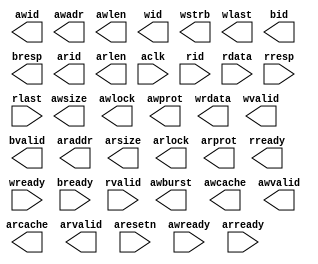

//                              -*- Mode: Verilog -*-
// Description     : AXI Master Generic
// Last Modified By: SK ABDUL FAHEMID
// Update Count    : 1
// Status          : Unknown, Use with caution!

module axi_master_generic (/*AUTOARG*/
   // Outputs
   awid, awadr, awlen, awsize, awburst, awlock, awcache, awprot,
   awvalid, wid, wrdata, wstrb, wlast, wvalid, bid, bresp, bvalid,
   arid, araddr, arlen, arsize, arlock, arcache, arprot, arvalid,
   rready,
   // Inputs
   aclk, aresetn, awready, wready, bready, arready, rid, rdata, rresp,
   rlast, rvalid
   ) ;
   //
   // Global Signals
   //
   input wire aclk;
   input wire aresetn;   //Active LOW
   
   //
   // Write Address Channel
   //
   output reg [3:0] awid;     // Address Write ID
   output reg [31:0] awadr;   // Write Address
   output reg [3:0]  awlen;   // Burst Length
   output reg [2:0]  awsize;  // Burst Size
   output reg [1:0]  awburst; // Burst Type
   output reg [1:0]  awlock;  // Lock Type
   output reg [3:0]  awcache; // Cache Type
   output reg [2:0]  awprot;  // Protection Type
   output reg        awvalid; // Write Address Valid   
   input wire        awready; // Write Address Ready

   //
   // Write Data Channel
   //
   output reg [3:0]  wid;     // Write ID
   output reg [31:0] wrdata;  // Write Data
   output reg [3:0]  wstrb;   // Write Strobes
   output reg        wlast;   // Write Last
   output reg        wvalid;  // Write Valid   
   input wire        wready;  // Write Ready
   
   //
   // Write Response CHannel
   //
   output reg [3:0]  bid;    // Response ID
   output reg [1:0]  bresp;  // Write Response
   output reg        bvalid; // Write Response Valid   
   input wire        bready; // Response Ready
   
   //
   // Read Address Channel
   //
   output reg [3:0]  arid;    // Read Address ID
   output reg [31:0] araddr;  // Read Address
   output reg [3:0]  arlen;   // Burst Length
   output reg [2:0]  arsize;  // Burst Size
   output reg [1:0]  arlock;  // Lock Type
   output reg [3:0]  arcache; // Cache Type
   output reg [2:0]  arprot;  // Protection Type
   output reg        arvalid; // Read Address Valid   
   input wire        arready; // Read Address Ready
   input wire [3:0]  rid;     // Read ID
   input wire [31:0] rdata;   // Read Data
   input wire [1:0]  rresp;   // Read Response
   input wire        rlast;   // Read Last
   input wire        rvalid;  // Read Valid
   output reg        rready;  // Read Ready
   
endmodule // axi_master_generic